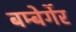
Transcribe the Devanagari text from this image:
बम्बेर्गेर